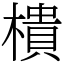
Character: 樻